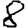
Digit: 8